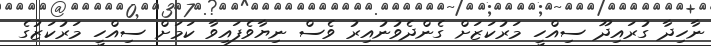
ނާހިދާ ގުރައިދޫ ސިއްހީ މަރުކަޒަށް ގެންދެވުނުއިރު ވެސް ނިޔާވެފައިވާ ކަމަށް ސިއްހީ މަރުކަޒުގެ